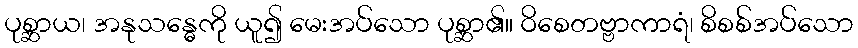
ပုစ္ဆာယ၊ အနုသန္ဓေကို ယူ၍ မေးအပ်သော ပုစ္ဆာ၏။ ဝိစေတဗ္ဗာကာရံ၊ စိစစ်အပ်သော